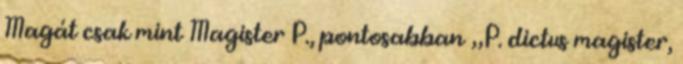
Magát csak mint Magister P., pontosabban „P. dictus magister,